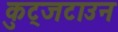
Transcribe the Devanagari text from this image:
कुट्जटाउन